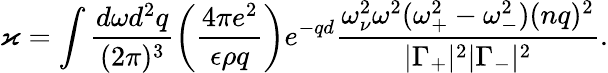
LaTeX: \varkappa=\int\frac{d\omega d^{2}q}{(2\pi)^{3}}\left(\frac{4\pi e^{2}}{\epsilon\rho q}\right)e^{-qd}\frac{\omega_{\nu}^{2}\omega^{2}(\omega_{+}^{2}-\omega_{-}^{2})(nq)^{2}}{|\Gamma_{+}|^{2}|\Gamma_{-}|^{2}}.